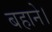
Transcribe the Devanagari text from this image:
बहाने।